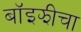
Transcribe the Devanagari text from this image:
बॉइझीचा